Annual statistical returns and brief notes on vaccination in Bengal - 1909-1929
Year: 1909
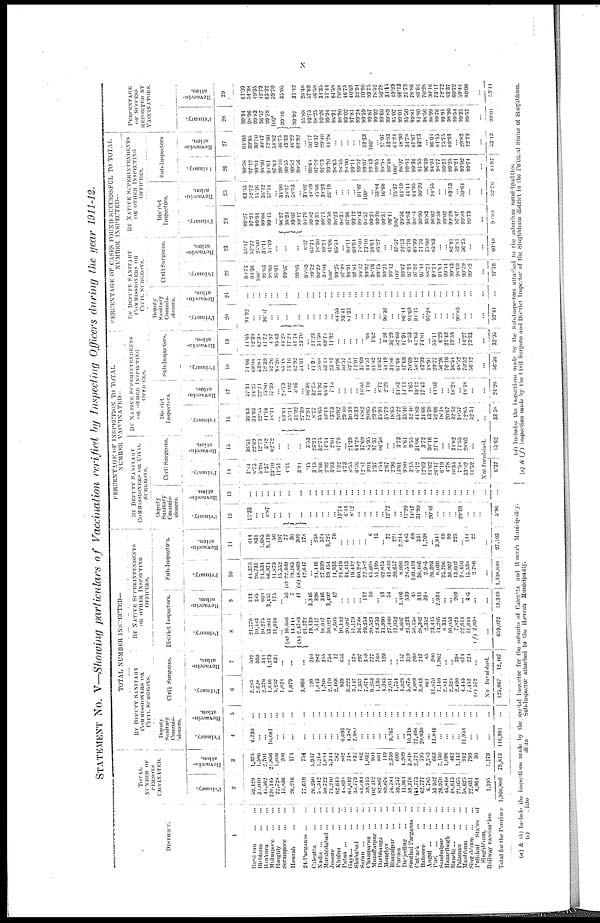
x
STATEMENT No. V—Showing particulars of Vaccination verified by Inspecting Officers during the year 1911-12.
DISTRICT.
1
Burdwan
...
...
Birbhum
...
...
Binkura
...
...
Midnapore
...
...
Hooghly
...
...
Sermpore
...
...
Howrah
...
...
24-Parganas
...
...
Calcutta
...
...
Nadia
...
...
...
Murshidabad
...
...
Jessore
...
...
Khulna
...
...
Patna
...
...
...
Gaya...
...
...
Shahabad
...
...
Saran
...
...
...
Champaran
...
...
Muzaffarpur
...
...
Darbhanga
...
...
Monghyr
...
...
Bhagalpur
...
...
Purnea
...
...
Darjeeling
...
...
Sonthal Parganas
...
Cuttack
...
...
Balasore
...
...
Angul
...
...
...
Puri
...
...
...
Sambalpur
...
...
Hazaribagh
...
...
Ranchi
...
...
...
Palamau
...
...
Manbhum
...
...
Singhbhum
...
...
Political
States
of
Singhbhum.
Railway vaccination
Total for the Province
TOTAL
NUMBER OF
PERSONS
VACCINATED.
Primary.
2
59,429
30,010
45,562
120,145
22,728
15,836
26,216
77,659
26,250
50,342
50,722
74,210
62,615
48,693
68,042
36,779
84,884
59,915
102,312
82,807
89.076
76,784
59,257
11,964
59,976
141,775
62,777
6,785
33,962
26,970
15,848
48,615
21,055
38,625
22,031
4,961
1,195
1,960,880
Revaccin¬
ation.
3
1,375
1,586
2,701
21,856
1,006
206
174
734
3,047
1,215
1,084
3,344
587
802
748
832
462
1,032
904
801
149
2,359
609
4,209
3,818
2,721
795
2,283
663
7,150
1,096
462
1,143
942
799
30
1,179
79,813
TOTAL NUMBER INSPECTED—
BY DEPUTY SANITARY
COMMISSIONERS OR
CIVIL SURGEONS.
Deputy
Sanitary
Commis¬
sioners.
Primary.
4
6,739
...
...
10,661
...
...
...
...
...
...
...
...
... 6,693
4,387
2,988
... ...
...
...
... 9,767
...
... 10,318
22,408
20,030
... 11,046
...
...
...
... 11,954
...
...
...
116,991
Revaccin¬
ation.
5
...
...
...
...
...
...
...
...
...
...
...
...
...
...
...
...
...
...
...
...
...
...
...
...
...
...
...
...
...
...
...
...
...
...
...
...
...
...
Civil Surgeons.
Primary.
6
2,285
2,628
2,370
1,646
3,252
1,824
1,079
3,060
120
1,843
1,708
2,170
2,468
939
3,222
3,147
7,357
7,674
9,253
1,136
4,045
2,051
1,754
1,629
3,878
1,889
3,843
861
11,670
7,140
2,841
2,326
2,490
4,415
7,152
(g) 572
Revaccin-
ation.
7
502
360
344
1,273
631
...
...
...
210
282
355
756
12
656
... 178
297
389
777
780
129
... ... 157
329
260
247
85
200
1,962
...
... 398
674
224
...
No furnished.
125,067
12,167
BY NATIVE SUPERINTENDENTS
OR OTHER INSPECTING
OFFICERS.
District Inspectors.
Primary.
8
21,770
10,483
10,275
53,064
11,010
...
(a) 16,686
14,448
(b)2,4789
24,272
19,139
5,117
18,087
30,024
8,605
10,142
20,007
11,179
36,788
29,254
20,523
24,259
31,990
27,480
11,052
6,607
21,233
50,158
26,302
2,352
23,415
14,205
8,331
10,053
7,824
22,614
11,644
( f ) 2,608
...
659,072
Revaccin¬
ation.
9
513
385
600
3,455
175
... 50
7
41
... 3,346
398
346
3,492
42
...
...
...
... 112
10
... 13
54
...
1,466
539
45
311
398
... 2,934
...
... 209
... 385
...
...
19,319
Sub-Inspectors.
Primary.
10
44,370
20,731
24,534
86,974
11,879
15,552
(c ) 22,409
19,165
(d) 48,869
42,647
...
24,446
27,939
39,454
14,933
24,819
34,413
19,412
60,282
22,582
45,608
51,199
62,815
41,840
20,657
8,096
28,553
109,419
36,486
2,985
26,393
8,030
25,796
36,997
13,602
28,450
13,538
2,786
...
1,108,848
Revaccin¬
ation.
11
614
831
1,685
9,119
50
197
77
30
309
178
... 258
374
3,727
70
...
...
...
...
... 6
13
... 77
221
2,214
683
69
331
1,708
... 3,941
69
99
223
... 114
22
...
27,103
PERCENTAGE OF INSPECTION TO TOTAL
NUMBER VACCINATED—
BY DEPUTY SANITARY
COMMISSIONERS OR CIVIL
SURGEONS.
Deputy
Sanitary
Commis¬
sioners.
Primary.
12
11.33
...
...
8.87
...
...
...
...
...
...
...
...
... 13.74
6.44
8.12
...
... ...
...
... 12.72
... ...
17.20
14.17
31.90
...
20.46
...
...
...
... 20.39
...
...
...
5.96
Revaccin¬
ation.
13
...
...
...
...
...
...
...
...
...
...
...
...
...
...
...
...
...
...
...
...
...
...
...
...
...
...
...
...
...
...
...
...
...
...
...
...
...
...
Civil Surgeons.
Primary.
14
3.84
8.75
5.20
1.37
23.10
11.51
4.11
3.91
.45
3.15
3.36
2.92
3.93
1.92
1.73
8.55
6.36
12.81
9.04
1.37
4.54
2.67
2.96
13.61
9.80
3.15
6.12
12.69
21.62
26.47
6.19
4.78
10.35
7.58
33.82
11.52
Revaccin¬
ation.
15
36.51
22.69
12.73
5.02
62.72
...
...
...
3.53
23.21
32.75
14.14
2.04
81.79
...
21.39
64.28
37.69
83.95
97.37
86.58
...
... 3.73
8.61
9.55
31.06
3.72
30.16
27.44
...
...
34.82
71.55
28.03
...
Not furnished.
6.37
15.62
BY NATIVE SUPERINTENDENTS
OR OTHER INSPECTING
OFFICERS.
District
Inspectors.
Primary.
16
36.63
34.93
22.55
11.16
18.11
... 63.64
55.11
31.92
27.39
72.91
8.77
35.65
10.44
13.73
20.82
20.40
30.39
43.33
18.82
20.05
29.29
35.91
35.79
18.65
55.22
33.40
32.40
41.89
34.66
43.39
32.66
18.18
20.67
32.52
38.57
32.85
32.54
...
33.58
Revaccin¬
ation.
17
37.31
24.27
22.21
15.80
17.39
...
28.73
1.02
5.46
...
36.36
32.75
31.92
65.34
7.15
...
...
...
...
10.85
1.10
... 8.72
2.29
...
34.83
14.11
1.65
39.12
17.43
...
41.03
...
...
18.28
...
48.18
...
...
24.20
Sub-Inspectors.
Primary.
18
74.66
69.08
53.81
72.39
52.26
98.20 .
85.18
73.10
62.92
54.91
...
11.90
55.08
53.14
23.83
50.96
50.57
52.78
74.01
37.69
44.57
61.82
70.52
54.49
34.86
67.66
17.60
70.69
38.12
43.99
48.91
29.77
56.26
76.10
56.54
48.52
70.52
56.12
...
56.50
Revaccin¬
ation.
19
44.65
52.39
62.30
41.72
1.97
95.63
11.25
17.21
41.14
23.70
... 21.23
31.50
69.71
11.92
...
...
...
...
... .66
1.62
... 3.26
36.29
32.60
17.94
2.53
41.63
74.81
... 35.11
6.29
21.42
19.59
... 14.27
73.33
...
33.95
PERCENTAGE OF CASES FOUND SUCCESSFUL TO TOTAL
NUMBER INSPECTED—
BY DEPUTY SANITARY
COMMISSIONERS OR
CIVIL SURGEONS.
Deputy
Sanitary
Commis¬
sioners.
Primary.
20
94.92
...
... 96.07
...
...
...
...
...
...
...
...
... 84.55
93.41
81.32
...
...
...
...
... 90.36
...
... 86.14
94.69
94.15
... 95.28
...
...
... ...
90.83
...
...
...
92.41
Revaccin¬
ation.
21
...
...
...
...
...
...
...
...
...
...
...
...
...
...
...
...
...
...
...
...
...
...
...
...
...
...
...
...
...
...
...
...
...
...
...
...
...
...
Civil Surgeons.
Primary.
22
98.73
94.36
100.
99.63
98.66
95.61
99.07
99.05
95.83
99.72
99.29
98.84
100.
99.25
97.18
96.91
97.81
99.12
99.92
98.76
99.75
99.24
99.12
100.
99.67
97.94
97.94
97.44
88.21
99.24
91.61
99.41
99.43
98.69
99.79
99.82
...
97.76
Revaccin¬
ation.
23
55.17
52.22
25.00
35.11
51.19
...
...
...
8.57
65.21
18.30
40.21
41.66
65.54
...
60.11
60.94
78.40
73.10
94.61
85.27
...
...
37.57
26.13
65.76
65.99
71.76
75.00
85.83
...
... 82.91
52.81
56.25
...
...
60.48
BY NATIVE SUPERINTENDENTS
OR OTHER INSPECTING
OFFICERS.
District
Inspectors.
Primary.
24
99.27
97.21
99.94
99.66
99.15
... 98.27
98.24
99.07
99.17
98.79
99.82
99.35
99.71
99.50
98.23
98.31
97.96
99.12
99.43
98.57
99.21
99.70
99.31
98.41
100.
99.56
98.83
98.04
90.00
95.83
96.62
99.59
99.02
99.29
97.47
99.89
99.73
...
98.89
Revaccin¬
ation.
25
63.55
52.72
15.16
36.12
57.14
... 34.00
28.57
58.53
...
35.02
18.49
45.66
38.23
26.19
...
...
...
... 91.07
100.
... 53.84
16.66
...
75.37
64.19
14.11
64.95
90.20
...
94.55
...
...
83.73
...
50.64
...
...
52.70
Sub-Inspectors
Primary.
26
99.58
97.12
99.94
98.00
98.61
97.64
99.10
99.55
90.52
99.56
... 99.68
97.72
97.73
99.20
98.65
98.55
98.00
99.11
99.57
99.07
99.43
99.65
98.98
99.48
100.
98.07
99.01
99.36
91.55
96.69
94.91
98.77
99.21
99.25
98.21
99.02
99.74
...
98.87
Rcvaccin¬
ation.
27
64.00
39.05
30.56
10.47
72.00
54.82
46.75
13.33
48.22
62.92
... 50.77
40.37
20.40
11.28
...
...
...
...
... 33.33
100.
... 27.97
33.93
61.21
48.90
34.78
67.67
93.73
... 96.04
81.15
75.75
89.23
... 20.82
72.72
...
53.13
PERCENTAGE
OF SUCCESS
PEPORTED BY
VACCINATORS.
Primary.
28
99.94
98.96
99.83
96.57
99.59
100.
99.16
99.92
95.88
99.75
98.25
99.26
99.94
98.91
98.90
99.02
97.81
99.24
99.59
99.67
99.92
99.60
99.89
95.07
99.01
95.30
99.81
91.80
98.50
98.99
99.76
99.91
98.90
99.54
99.25
99.57
...
99.01
Revaccin¬
ation.
29
61.09
54.98
49.35
42.79
63.32
59.70
35.05
31.42
28.48
57.69
46.58
31.35
54.44
64.58
70.58
46.75
40.69
32.94
70.90
93.75
78.52
50.78
34.15
49.29
66.13
21.70
78.86
86.64
70.28
90.16
73.17
72.72
83.37
60.72
59.44
80.00
...
53.44
(a) & (b) Include the inspections made by the special Inspector for the subsrbs of Calcutta and Howrah Municipality.
(c)
ditto
ditto
Sub-Inspector
attached to the Howrah Municipality.
(d) Includes the inspections made by the Sub-Inspectors attached to the sububan municipalities.
(e) & (f) Inspection made by the Civil Surgeon and District Inspector of the Singlibhum .disrict in the Political States of Singbhum.